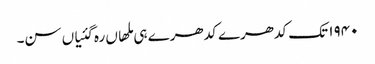
١٩٤٠ تک کدھرے کدھرے ہی ملھاں رہ گئیاں سن۔